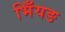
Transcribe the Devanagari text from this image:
भिँयङ